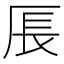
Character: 𪠍